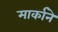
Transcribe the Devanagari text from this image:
मार्काने